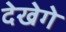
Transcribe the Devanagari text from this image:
देखेगे